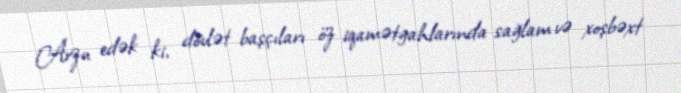
Arzu edək ki, dövlət başçıları öz iqamətgahlarında sağlam və xoşbəxt